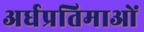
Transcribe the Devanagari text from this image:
अर्धप्रतिमाओं